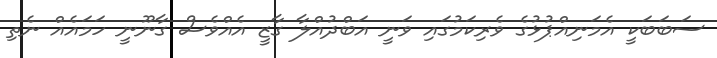
ސަބަބަކީ އެމަނިއްޕުޅުގެ ވެރިކަމުގައި ވަނީ އަބްދުއްލާ ގާޒީ އެއްވެސް ގާނޫނީ ހަމައެއް ނެތި